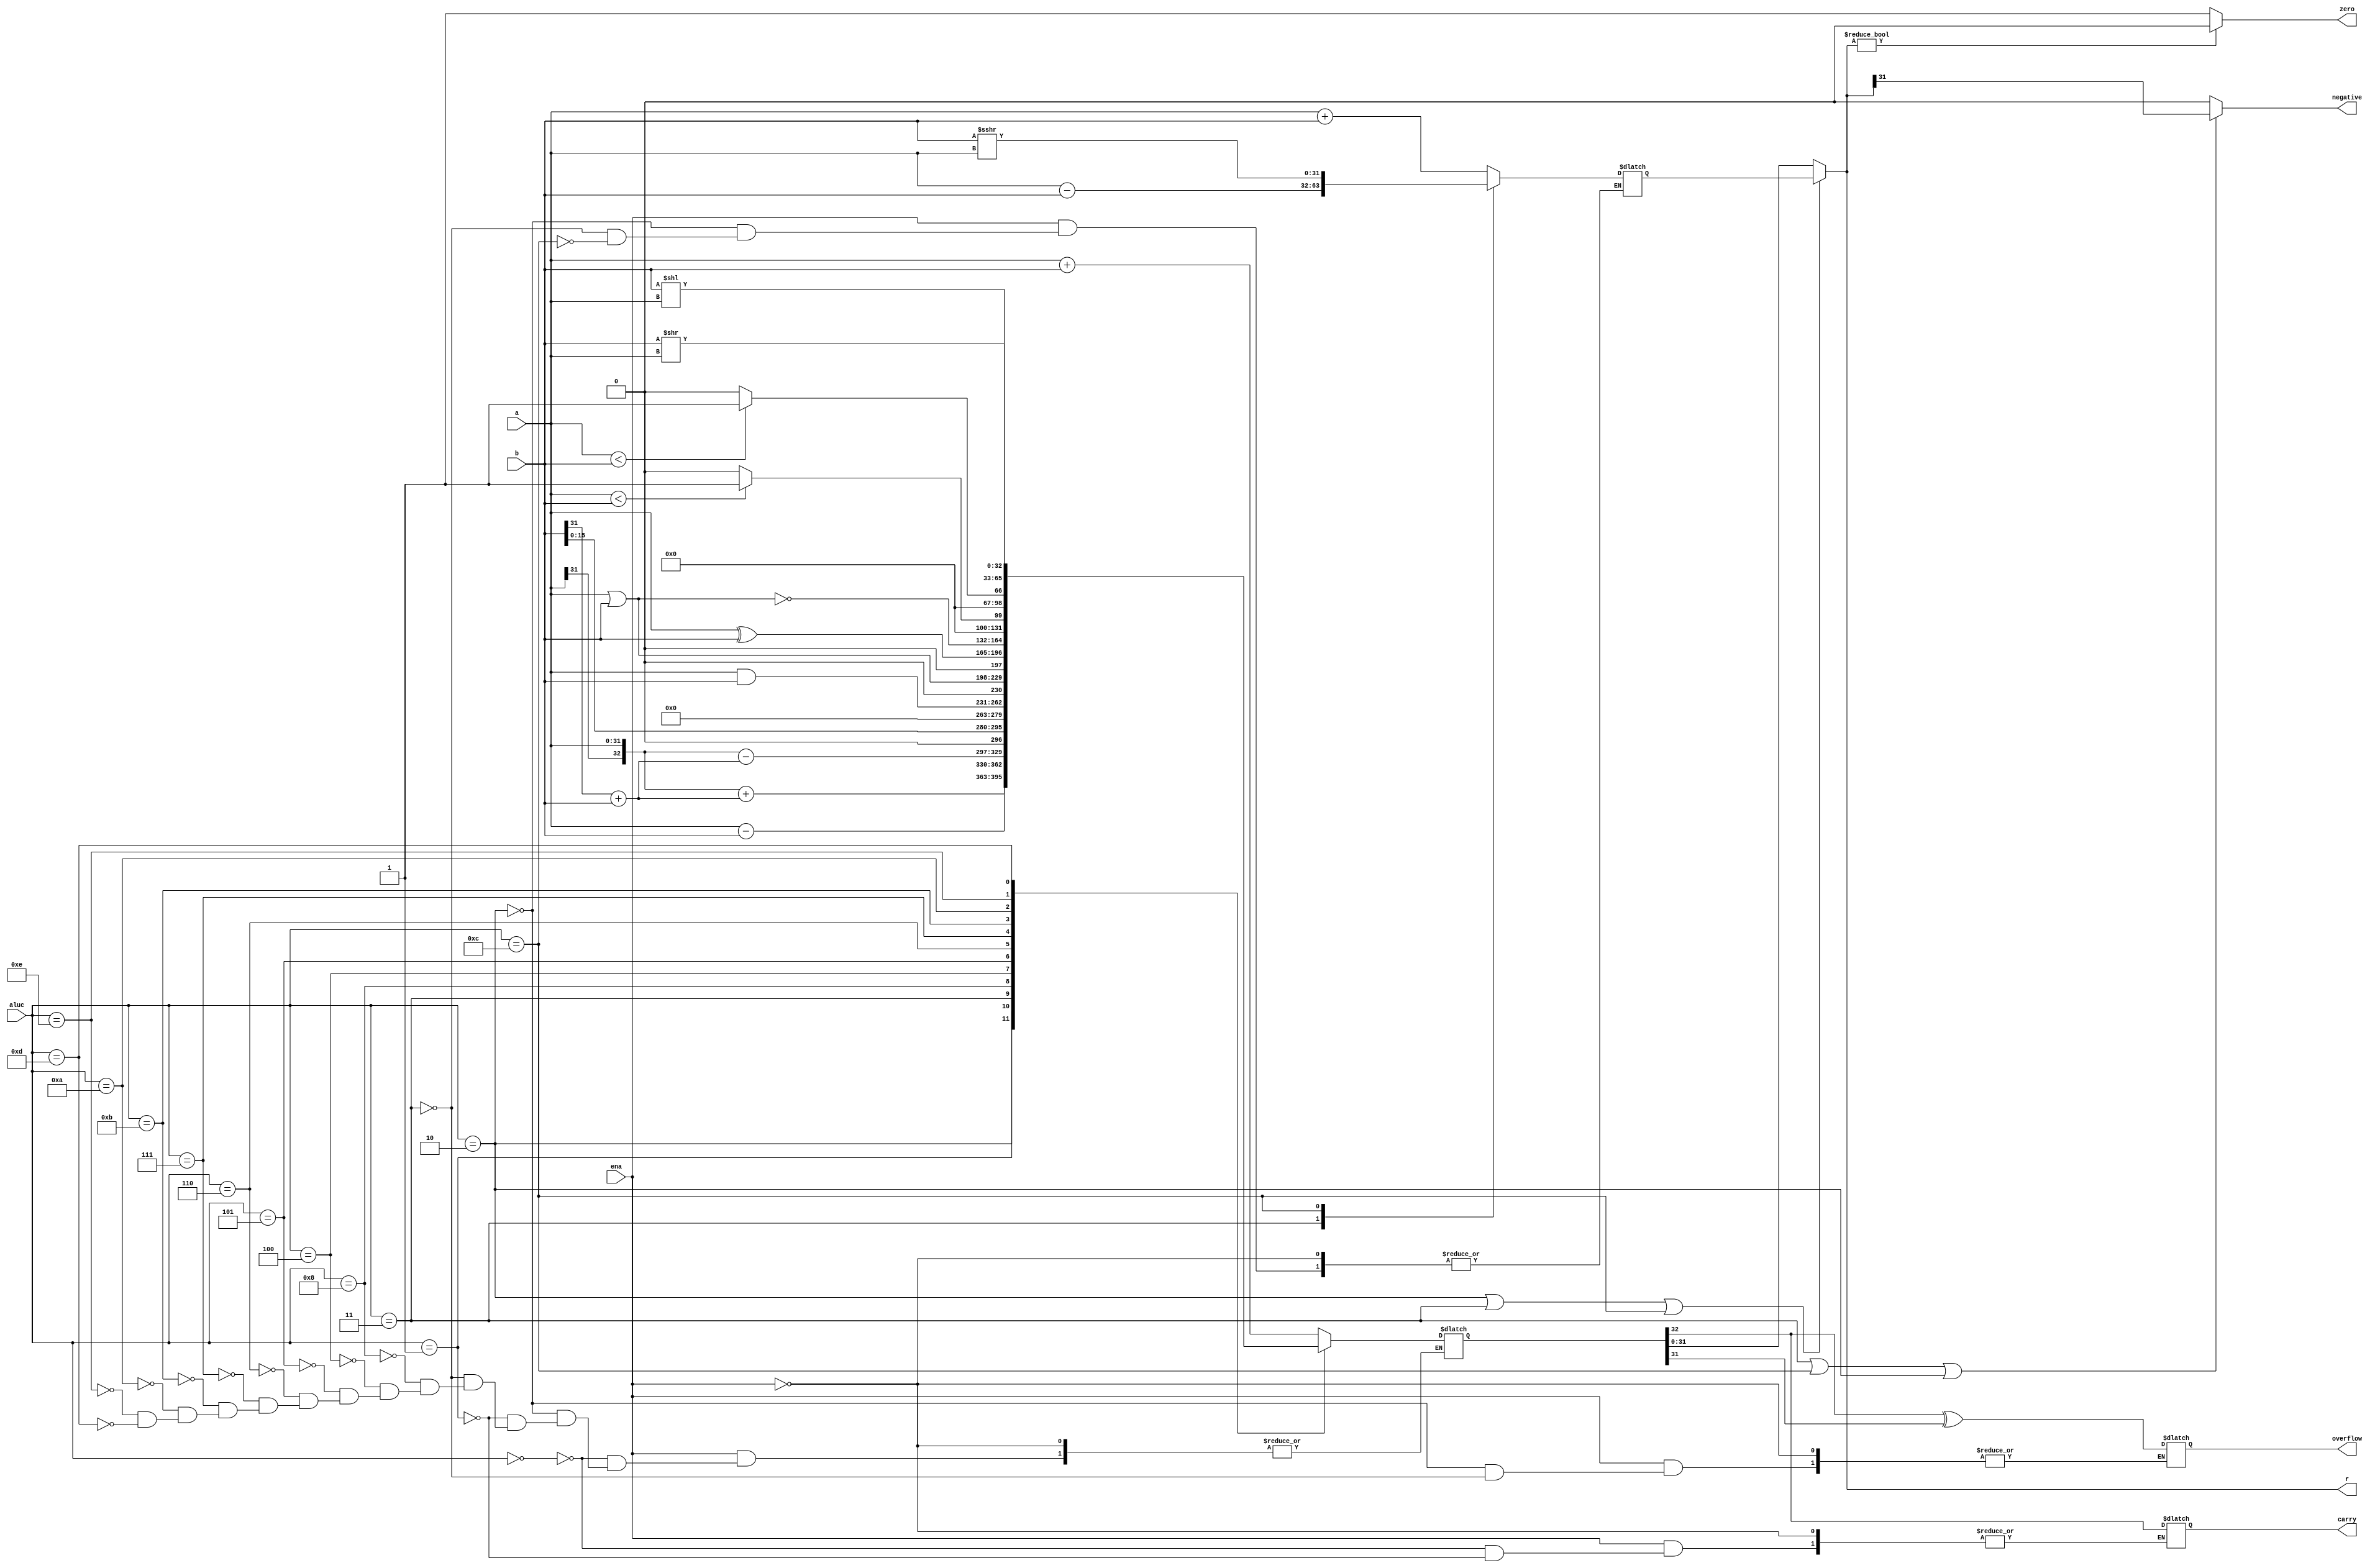
`timescale 1ns / 1ps
//////////////////////////////////////////////////////////////////////////////////
// Company: 
// Engineer: 
// 
// Design Name: 
// Module Name: alu
// Project Name: 
// Target Devices: 
// Tool Versions: 
// Description: 
// 
// Dependencies: 
// 
// Revision:
// Revision 0.01 - File Created
// Additional Comments:
// 
//////////////////////////////////////////////////////////////////////////////////


module alu(
    input [31:0] a,         //1
    input [31:0] b,         //2
    input [3:0] aluc,       //
    input ena,              //
    output [31:0] r,        //
    output zero,            //001
    output reg carry,       //
    output negative,        //
    output reg overflow     //
    );
    parameter Addu = 4'b0000;    
    parameter Add  = 4'b0010;    
    parameter Subu = 4'b0001;    
    parameter Sub  = 4'b0011;    
    parameter And  = 4'b0100;    
    parameter Or   = 4'b0101;    
    parameter Xor  = 4'b0110;    
    parameter Nor  = 4'b0111;    
    parameter Lui  = 4'b1000;       
    parameter Slt  = 4'b1011;    
    parameter Sltu = 4'b1010;    
    parameter Sra  = 4'b1100;    
    parameter Sll  = 4'b1110;    
    parameter Srl  = 4'b1101;       

    reg [32:0] result;
    reg signed[31:0] sresult;
    wire signed [31:0]sa = a,sb = b;//
    always @(*)begin
        if(ena)begin
            case(aluc)
                Addu:begin
                    result <= {1'b0,a} + {1'b0,b};
                    carry <= result[32];
                end
                Add:begin
                    result <= {a[31],a}+{b[31]+b};
                    sresult <= sa + sb;
                    overflow <= result[32]^result[31];//
                end
                Subu:begin
                    result <= {1'b0,a} - {1'b0,b};
                    carry <= result[32];
                end
                Sub: begin
                    result <= {a[31],a}-{b[31]+b};
                    sresult <= sa - sb;
                    overflow <= result[32]^result[31];//
                end
                Lui: 
                    result <= {1'b0,b[15:0],16'b0};//16
                And:
                    result <= a & b;
                Or:
                    result <= a | b; 
                Xor:
                    result <= a ^ b;
                Nor://
                    result <= ~(a | b);
                Slt:
                    result <= (sa<sb)?1:0;
                Sltu://verilog
                    result <= (a<b)?1:0;
                Sra://>>>
                    sresult <= sb >>> sa;
                Sll://
                    result <= b << a;
                Srl://
                    result <= b >> a;
                
            endcase
        end
    end

    assign r = (aluc==Add||aluc==Sub||aluc==Sra)?sresult[31:0]:result[31:0];
    assign zero = r?0:1;
    assign negative = (aluc==Sub||aluc==Sra||aluc==Add)?r[31]:0;

    // always @(*)
    //     $display("a:%h b:%h sa:%h sb:%h result:%h sresult:%h r:%h",a,b,sa,sb,result,sresult,r);

endmodule